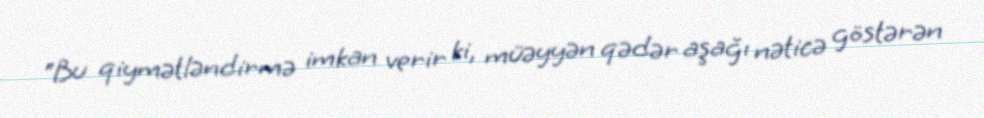
“Bu qiymətləndirmə imkan verir ki, müəyyən qədər aşağı nəticə göstərən